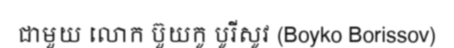
ជាមួយ លោក ប៊ួយកូ បូរីសូវ (Boyko Borissov)